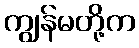
ကျွန်မတို့က